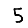
Digit: 5